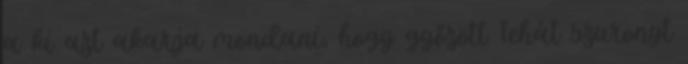
a ki azt akarja mondani, hogy győzött Tehát szuronyt